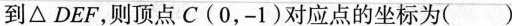
到△DEF，则顶点C(0，-1)对应点的坐标为( )